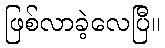
ဖြစ်လာခဲ့လေပြီ။